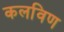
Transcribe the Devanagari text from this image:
कलविण